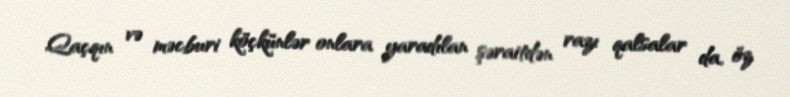
Qaçqın və məcburi köçkünlər onlara yaradılan şəraitdən razı qalsalar da, öz